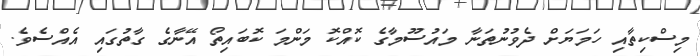
މިސްކިތާއި ހަމަޔަށް ދެވުނުތަނާ މައުސޫމާގެ ކޮއްކޮ މަންމަ ކޮބައިތޯ އޭނާގެ ގާތުގައި އެއްސެވެ.